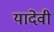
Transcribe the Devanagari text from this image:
यादेवी